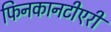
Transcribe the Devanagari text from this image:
फिनकानटीएरी